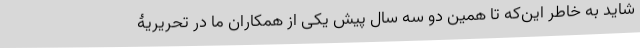
شاید به خاطر این‌که تا همین دو سه سال پیش یکی از همکاران ما در تحریریۀ